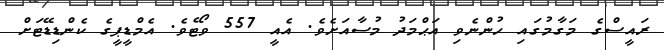
ރައީސްގެ މަގާމުގައި ހުންނެވި އަޙްމަދު މުސާއަށެވެ. އެއީ 557 ވޯޓެވެ. އެމްޑީޕީގެ ކެންޑިޑޭޓަށް